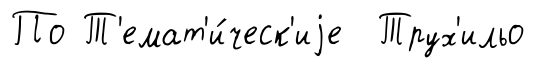
По Т'емат'и́ческ'иjе Трух'ильо